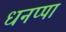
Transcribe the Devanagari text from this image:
धनप्पा